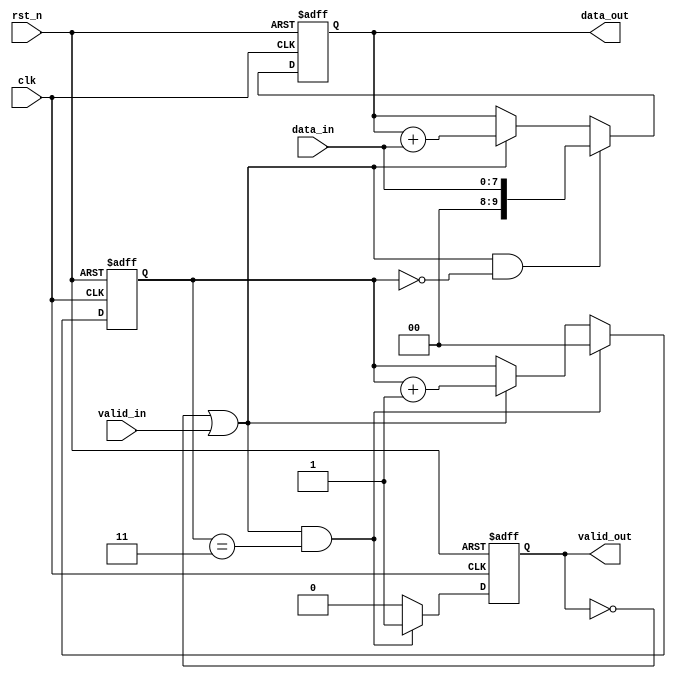
module accu(
    input               clk         ,   
    input               rst_n       ,
    input       [7:0]   data_in     ,
    input               valid_in     ,
 
    output  reg         valid_out     ,
    output  reg [9:0]   data_out
);
    
   reg [1:0] count;
   wire add_cnt;
   wire ready_dd;
   wire end_cnt;
   reg [9:0]   data_out_reg;

   assign add_cnt = ready_add;
   assign end_cnt = ready_add && (count == 'd3);
   
   //count
   always @(posedge clk or negedge rst_n) begin
       if(!rst_n) begin
          count <= 0;
       end
       else if(end_cnt) begin
          count <= 0;
       end
       else if(add_cnt) begin
          count <= count + 1;
       end
   end

    //data_out_reg
   always @(posedge clk or negedge rst_n) begin
      if(!rst_n) begin
        data_out_reg <= 0;
      end
      else if (add_cnt && count == 0) begin
          data_out_reg <= data_in;
      end
      else if (add_cnt) begin
          data_out_reg <= data_out_reg + data_in;
      end
   end

    //data_out
   always @(posedge clk or negedge rst_n) begin
      if(!rst_n) begin
        data_out <= 0;
      end
      else if (add_cnt && count == 0) begin
          data_out <= data_in;
      end
      else if (add_cnt) begin
          data_out <= data_out + data_in;
      end
   end

   //ready_add
   assign ready_add = !valid_out | valid_in;

   //valid_out
   always @(posedge clk or negedge rst_n) begin
       if(!rst_n) begin
           valid_out <= 0;
       end
       else if(end_cnt) begin
           valid_out <= 1;
       end
       else begin
           valid_out <= 0;
       end
   end  
     
endmodule